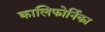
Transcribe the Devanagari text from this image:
कालिफोर्निका